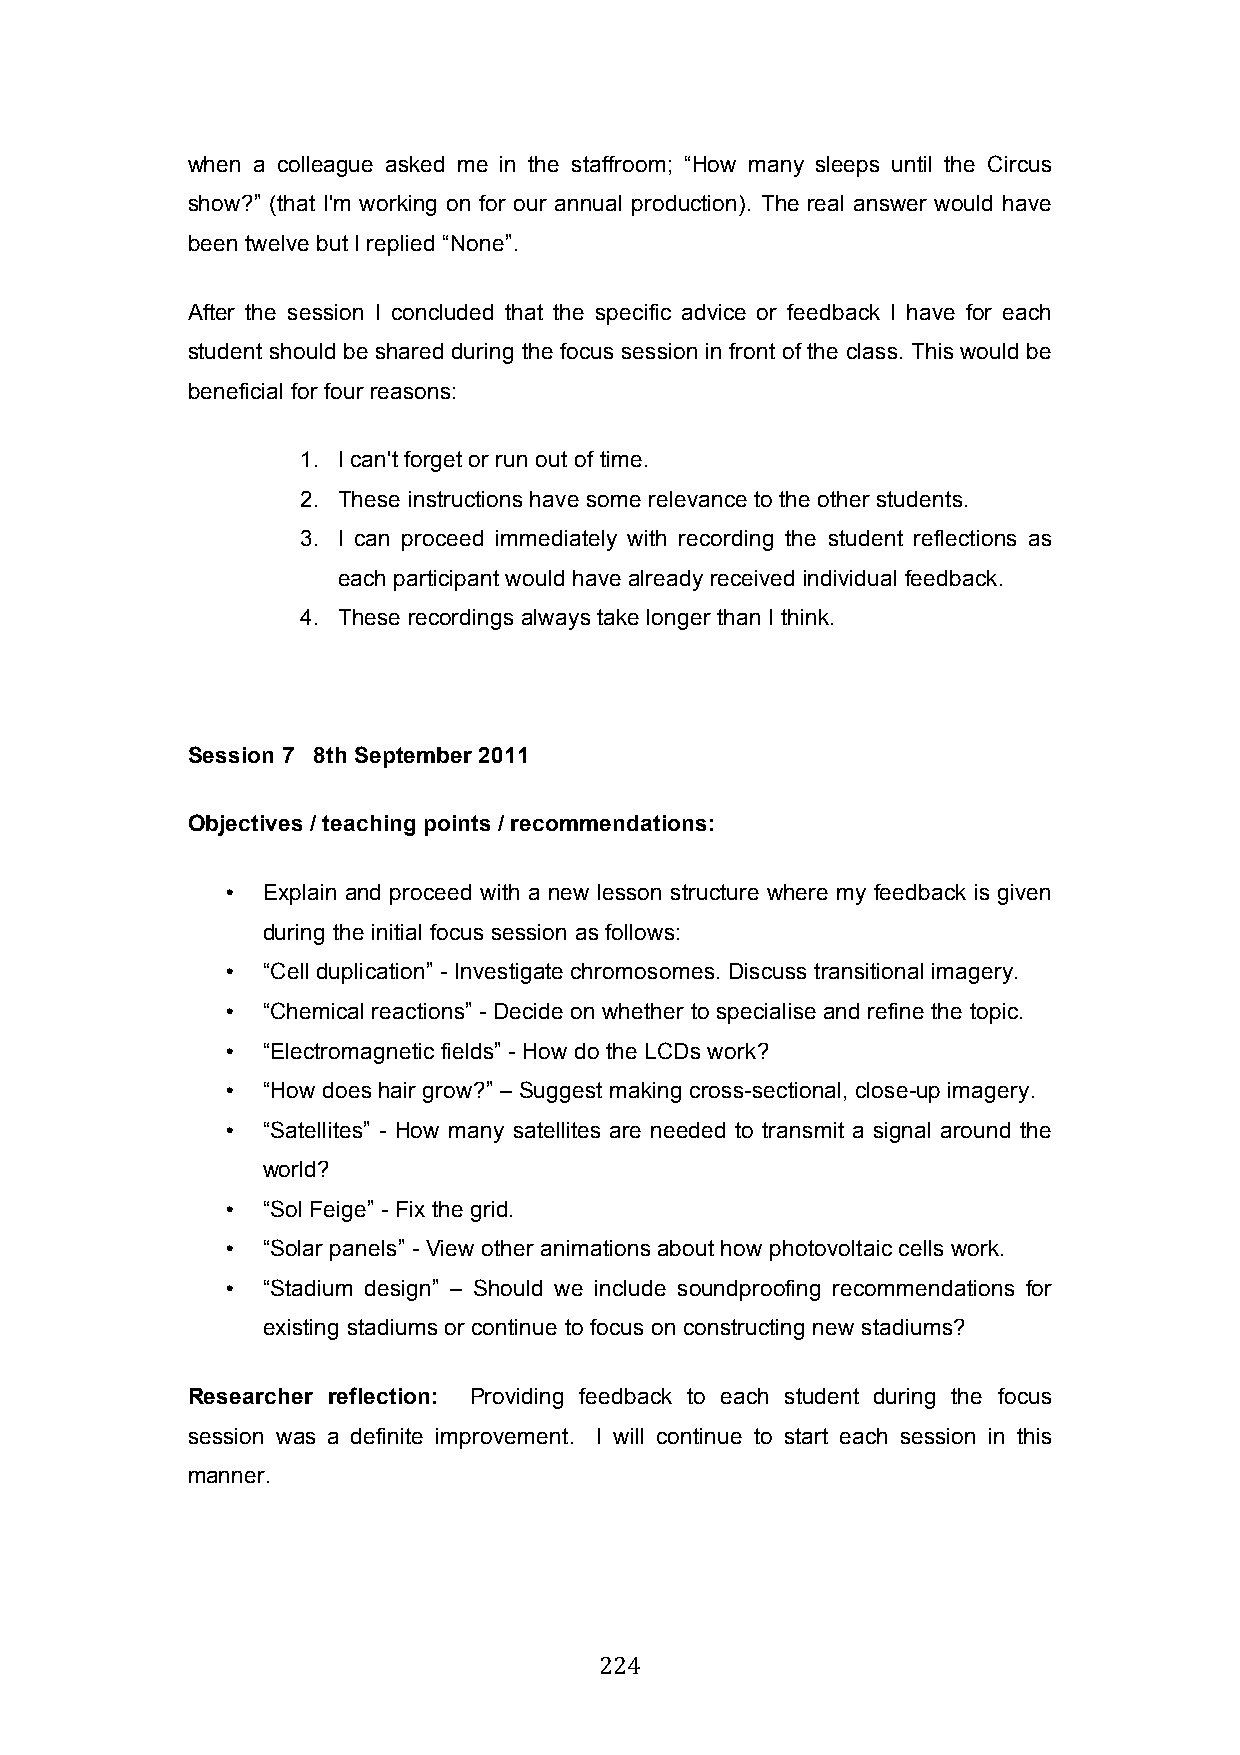
when a colleague asked me in the staffroom; “How many sleeps until the Circus
 show?” (that I'm working on for our annual production). The real answer would have
 been twelve but I replied “None”.
 After the session I concluded that the specific advice or feedback I have for each
 student should be shared during the focus session in front of the class. This would be
 beneficial for four reasons:
 1. I can't forget or run out of time.
 2. These instructions have some relevance to the other students.
 3. I can proceed immediately with recording the student reflections as
 each participant would have already received individual feedback.
 4. These recordings always take longer than I think.
 Session 7 8th September 2011
 Objectives / teaching points / recommendations:
 • Explain and proceed with a new lesson structure where my feedback is given
 during the initial focus session as follows:
 • “Cell duplication” - Investigate chromosomes. Discuss transitional imagery.
 • “Chemical reactions” - Decide on whether to specialise and refine the topic.
 • “Electromagnetic fields” - How do the LCDs work?
 • “How does hair grow?” – Suggest making cross-sectional, close-up imagery.
 • “Satellites” - How many satellites are needed to transmit a signal around the
 world?
 • “Sol Feige” - Fix the grid.
 • “Solar panels” - View other animations about how photovoltaic cells work.
 • “Stadium design” – Should we include soundproofing recommendations for
 existing stadiums or continue to focus on constructing new stadiums?
 Researcher reflection: Providing feedback to each student during the focus
 session was a definite improvement. I will continue to start each session in this
 manner.
 224